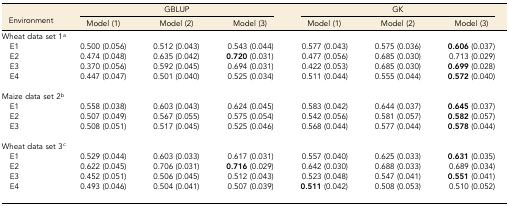
<table><thead><tr><td rowspan="2"><b>Environment</b></td><td colspan="3"><b>GBLUP</b></td><td colspan="3"><b>GK</b></td></tr><tr><td><b>Model (1)</b></td><td><b>Model (2)</b></td><td><b>Model (3)</b></td><td><b>Model (1)</b></td><td><b>Model (2)</b></td><td><b>Model (3)</b></td></tr></thead><tbody><tr><td colspan="7">Wheat data set 1<i><sup>a</sup></i></td></tr><tr><td> E1</td><td>0.500 (0.056)</td><td>0.512 (0.043)</td><td>0.543 (0.044)</td><td>0.577 (0.043)</td><td>0.575 (0.036)</td><td><b>0.606</b> (0.037)</td></tr><tr><td> E2</td><td>0.474 (0.048)</td><td>0.635 (0.042)</td><td><b>0.720</b> (0.031)</td><td>0.477 (0.056)</td><td>0.685 (0.030)</td><td>0.713 (0.029)</td></tr><tr><td> E3</td><td>0.370 (0.056)</td><td>0.592 (0.045)</td><td>0.694 (0.031)</td><td>0.422 (0.053)</td><td>0.685 (0.030)</td><td><b>0.699</b> (0.028)</td></tr><tr><td> E4</td><td>0.447 (0.047)</td><td>0.501 (0.040)</td><td>0.525 (0.034)</td><td>0.511 (0.044)</td><td>0.555 (0.044)</td><td><b>0.572</b> (0.040)</td></tr><tr><td colspan="7"> </td></tr><tr><td colspan="7">Maize data set 2<i><sup>b</sup></i></td></tr><tr><td> E1</td><td>0.558 (0.038)</td><td>0.603 (0.043)</td><td>0.624 (0.045)</td><td>0.583 (0.042)</td><td>0.644 (0.037)</td><td><b>0.645</b> (0.037)</td></tr><tr><td> E2</td><td>0.507 (0.049)</td><td>0.567 (0.055)</td><td>0.575 (0.054)</td><td>0.542 (0.056)</td><td>0.581 (0.057)</td><td><b>0.582</b> (0.057)</td></tr><tr><td> E3</td><td>0.508 (0.051)</td><td>0.517 (0.045)</td><td>0.525 (0.046)</td><td>0.568 (0.044)</td><td>0.577 (0.044)</td><td><b>0.578</b> (0.044)</td></tr><tr><td colspan="7"> </td></tr><tr><td colspan="7">Wheat data set 3<i><sup>c</sup></i></td></tr><tr><td> E1</td><td>0.529 (0.044)</td><td>0.603 (0.033)</td><td>0.617 (0.031)</td><td>0.557 (0.040)</td><td>0.625 (0.033)</td><td><b>0.631</b> (0.035)</td></tr><tr><td> E2</td><td>0.622 (0.045)</td><td>0.706 (0.031)</td><td><b>0.716</b> (0.029)</td><td>0.642 (0.030)</td><td>0.688 (0.033)</td><td>0.689 (0.034)</td></tr><tr><td> E3</td><td>0.452 (0.051)</td><td>0.506 (0.045)</td><td>0.512 (0.043)</td><td>0.523 (0.048)</td><td>0.547 (0.041)</td><td><b>0.551</b> (0.041)</td></tr><tr><td> E4</td><td>0.493 (0.046)</td><td>0.504 (0.041)</td><td>0.507 (0.039)</td><td><b>0.511</b> (0.042)</td><td>0.508 (0.053)</td><td>0.510 (0.052)</td></tr><tr><td colspan="7"> </td></tr></tbody></table>